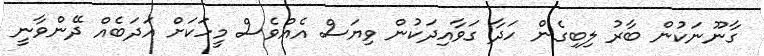
ގާނޫނަކުން ބާރު ލިބިގެން ހަދާ ގަވާއިދަކުން ވިޔަސް އެއްވެސް މީހަކަށް އަދަބެއް ދޭންވާނީ